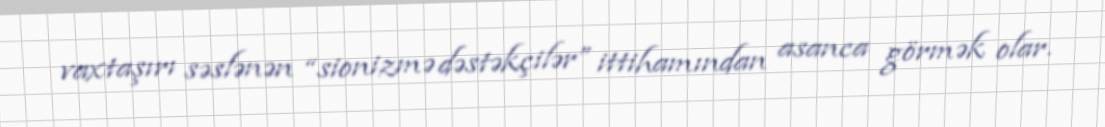
vaxtaşırı səslənən “sionizmə dəstəkçilər” ittihamından asanca görmək olar.